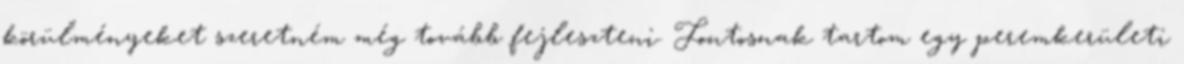
körülményeket szeretném még tovább fejleszteni. Fontosnak tartom egy peremkerületi